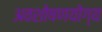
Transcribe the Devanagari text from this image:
अवशोषणयोग्य